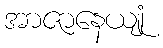
အာဇာနေယျုံ